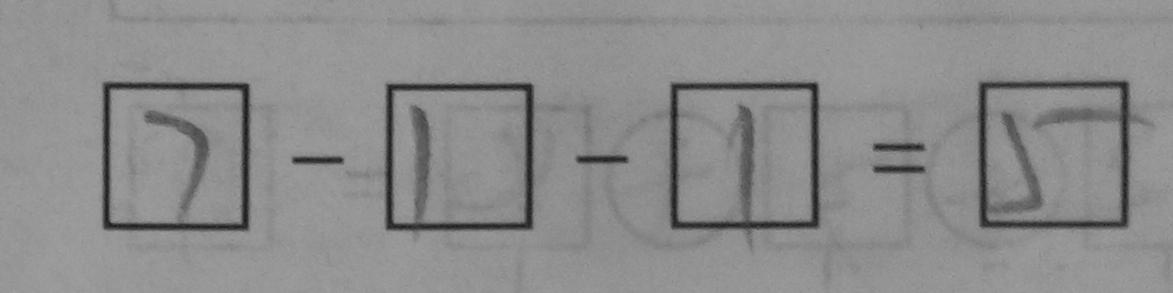
\boxed { 7 } - \boxed { 1 } - \boxed { 1 } = \boxed { 5 }